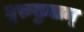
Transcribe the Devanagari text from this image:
गुरुकुलम्